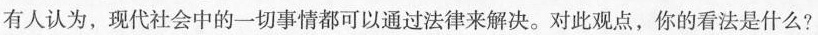
有人认为，现代社会中的一切事情都可以通过法律来解决。对此观点，你的看法是什么?